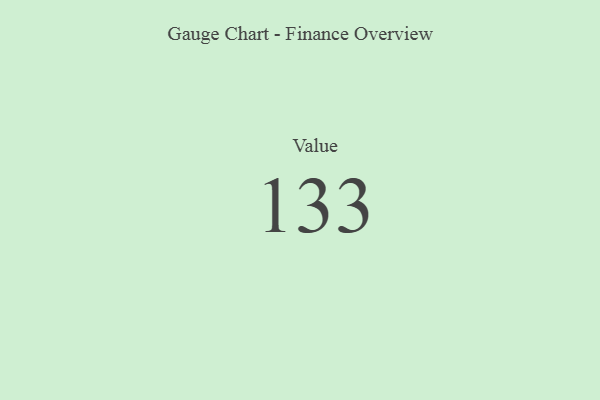
{"axis": {"x": "Metric", "y": "Value"}, "legend": [""], "data": [{"x": "Value", "y": 133, "type": ""}]}